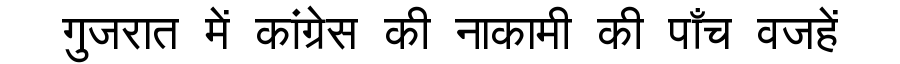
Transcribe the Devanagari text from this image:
गुजरात में कांग्रेस की नाकामी की पाँच वजहें